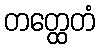
တတ္ထေတံ